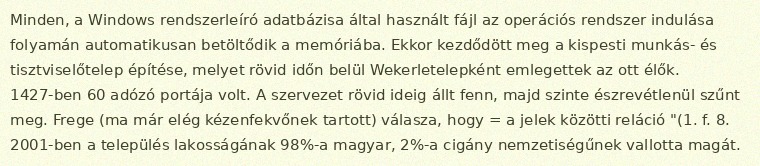
Minden, a Windows rendszerleíró adatbázisa által használt fájl az operációs rendszer indulása folyamán automatikusan betöltődik a memóriába. Ekkor kezdődött meg a kispesti munkás- és tisztviselőtelep építése, melyet rövid időn belül Wekerletelepként emlegettek az ott élők. 1427-ben 60 adózó portája volt. A szervezet rövid ideig állt fenn, majd szinte észrevétlenül szűnt meg. Frege (ma már elég kézenfekvőnek tartott) válasza, hogy = a jelek közötti reláció "(1. f. 8. 2001-ben a település lakosságának 98%-a magyar, 2%-a cigány nemzetiségűnek vallotta magát.